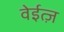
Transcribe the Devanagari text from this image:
वेईत्ज़